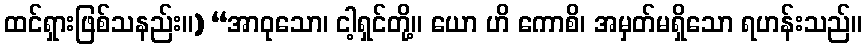
ထင်ရှားဖြစ်သနည်း။) “အာဝုသော၊ ငါ့ရှင်တို့။ ယော ဟိ ကောစိ၊ အမှတ်မရှိသော ရဟန်းသည်။